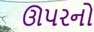
ઊપરનો